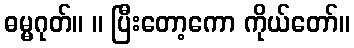
ဓမ္မဂုတ်။ ။ ပြီးတော့ကော ကိုယ်တော်။